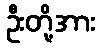
ဦးတို့အား